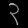
Digit: ၃